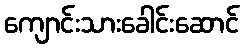
ကျောင်းသားခေါင်းဆောင်